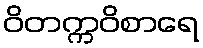
ဝိတက္ကဝိစာရေ